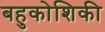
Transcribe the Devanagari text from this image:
बहुकोशिकी